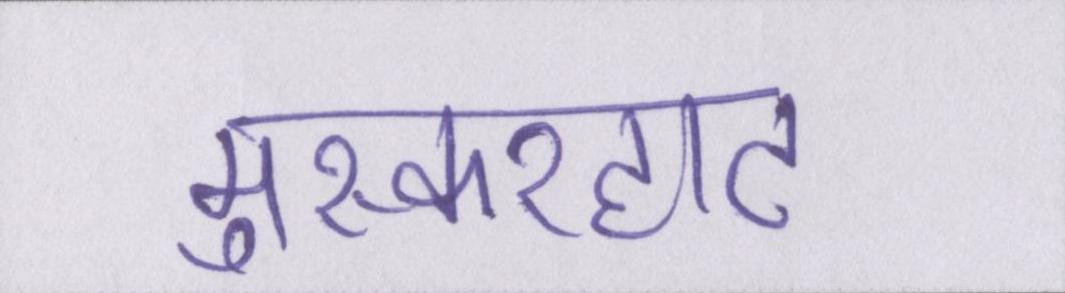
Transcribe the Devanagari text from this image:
मुस्करहाट